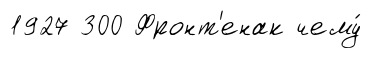
1927 300 Фронт'енак чему́